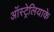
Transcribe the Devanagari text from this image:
ऑस्ट्रेलियाके